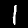
Label: 1